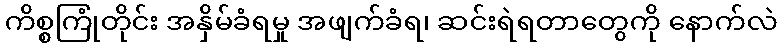
ကိစ္စကြုံတိုင်း အနှိမ်ခံရမှု အဖျက်ခံရ၊ ဆင်းရဲရတာတွေကို နောက်လဲ